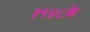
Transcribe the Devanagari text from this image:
१९४८के